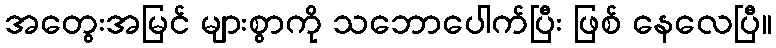
အတွေးအမြင် များစွာကို သဘောပေါက်ပြီး ဖြစ် နေလေပြီ။